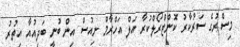
މިސްރުގެ ސަރުކާރު ކޮންޓްރޯލްކުރާ އަލް އަހްރާމް ނިއުސް އިން ބުނީ ބަދިއުއާ އިތުރު